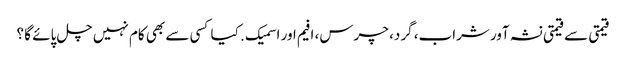
قیمتی سے قیمتی نشہ آور شراب، گرد، چرس، افیم اور اسمیک . کیا کسی سے بھی کام نہیں چل پائے گا ؟